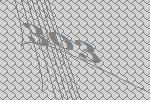
303